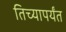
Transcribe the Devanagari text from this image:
तिच्यापर्यंत